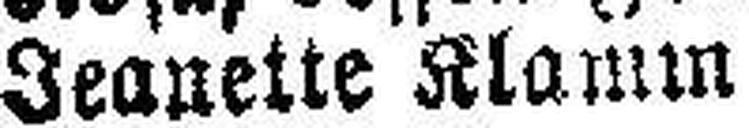
Jeanette Klamm